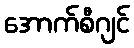
အောက်စီဂျင်